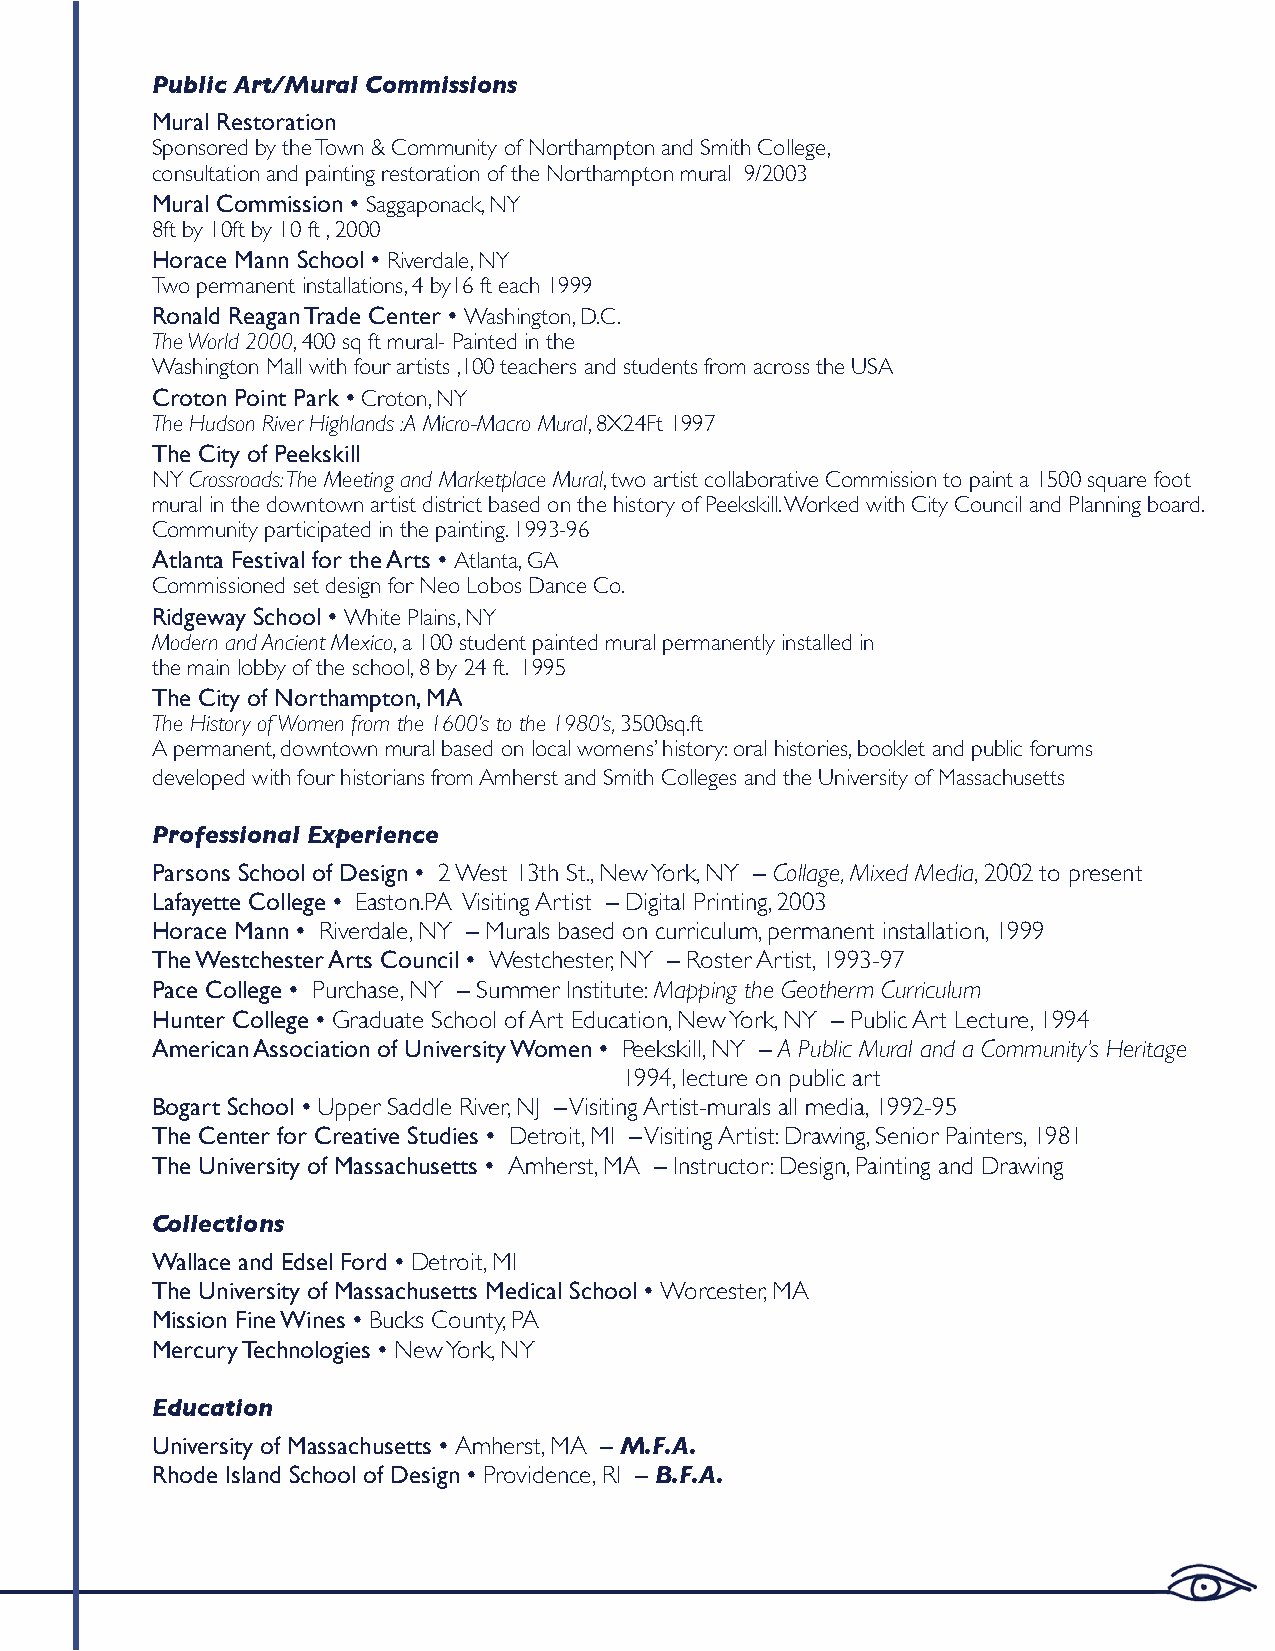
Public Art/Mural Commissions
 Mural Restoration
 Sponsored by the Town & Community of Northampton and Smith College,
 consultation and painting restoration of the Northampton mural 9/2003
 Mural Commission • Saggaponack, NY
 8ft by 10ft by 10 ft , 2000
 Horace Mann School • Riverdale, NY
 Two permanent installations, 4 by16 ft each 1999
 Ronald Reagan Trade Center • Washington, D.C.
 The World 2000, 400 sq ft mural- Painted in the
 Washington Mall with four artists ,100 teachers and students from across the USA
 Croton Point Park • Croton, NY
 The Hudson River Highlands :A Micro-Macro Mural, 8X24Ft 1997
 The City of Peekskill
 NY Crossroads: The Meeting and Marketplace Mural, two artist collaborative Commission to paint a 1500 square foot
 mural in the downtown artist district based on the history of Peekskill. Worked with City Council and Planning board.
 Community participated in the painting. 1993-96
 Atlanta Festival for the Arts • Atlanta, GA
 Commissioned set design for Neo Lobos Dance Co.
 Ridgeway School • White Plains, NY
 Modern and Ancient Mexico, a 100 student painted mural permanently installed in
 the main lobby of the school, 8 by 24 ft. 1995
 The City of Northampton, MA
 The History of Women from the 1600’s to the 1980’s, 3500sq.ft
 A permanent, downtown mural based on local womens’ history: oral histories, booklet and public forums
 developed with four historians from Amherst and Smith Colleges and the University of Massachusetts
 Professional Experience
 Parsons School of Design • 2 West 13th St., New York, NY – Collage, Mixed Media, 2002 to present
 Lafayette College • Easton.PA Visiting Artist – Digital Printing, 2003
 Horace Mann • Riverdale, NY – Murals based on curriculum, permanent installation, 1999
 The Westchester Arts Council • Westchester, NY – Roster Artist, 1993-97
 Pace College • Purchase, NY – Summer Institute: Mapping the Geotherm Curriculum
 Hunter College • Graduate School of Art Education, New York, NY – Public Art Lecture, 1994
 American Association of University Women • P eekskill, NY – A Public Mural and a Community’s Heritage
 1994, lecture on public art
 Bogart School • Upper Saddle River, NJ – Visiting Artist-murals all media, 1992-95
 The Center for Creative Studies • Detroit, MI – Visiting Artist: Drawing, Senior Painters, 1981
 The University of Massachusetts • Amherst, MA – Instructor: Design, Painting and Drawing
 Collections
 Wallace and Edsel Ford • Detroit, MI
 The University of Massachusetts Medical School • Worcester, MA
 Mission Fine Wines • Bucks County, PA
 Mercury Technologies • New York, NY
 Education
 University of Massachusetts • Amherst, MA – M.F.A.
 Rhode Island School of Design • Providence, RI – B.F.A.